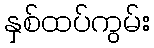
နှစ်ထပ်ကွမ်း